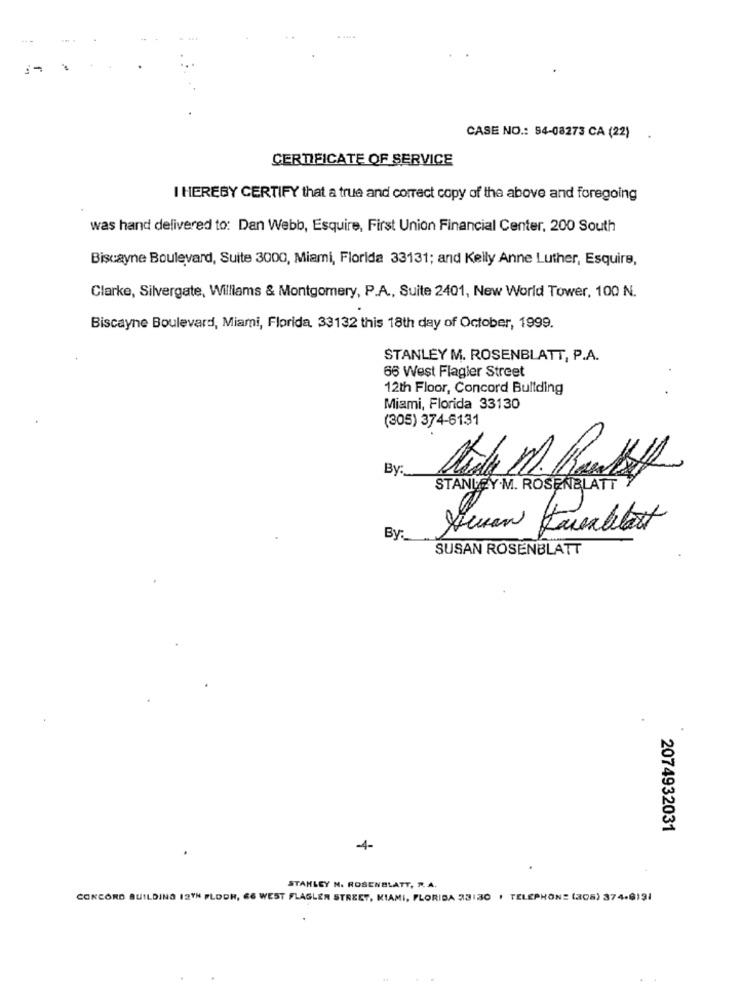
CASE NO .: 54-08273 CA (22) .
CERTIFICATE OF SERVICE
I HEREBY CERTIFY that a true and correct copy of the above and foregoing
was hand delivered to: Dan Webb, Esquire, First Union Financial Center, 200 South
Biscayne Boulevard, Suite 3000, Miami, Florida 33131; and Kelly Anne Luther, Esquire,
Clarke, Silvergate, Williams & Montgomery, P.A ., Suite 2401, New World Tower, 100 N.
Biscayne Boulevard, Miami, Florida. 33132 this 18th day of October, 1999.
STANLEY M. ROSENBLATT, P.A.
66 West Flagler Street
12th Floor, Concord Bultding
Miami, Florida 33130
(305) 374-6131
By:
STANLEY.M. ROSENBLATT
Swan Fareablast
By:
SUSAN ROSENBLATT
2074932031
-4-
STANLEY N. ROSENBLATT, R. A.
CONCORD BUILDING 12TH PLODH, ES WEST FLAGLER STREET, MIAMI, FLORIDA 33130 , TELEPHONE (305) 374-8191